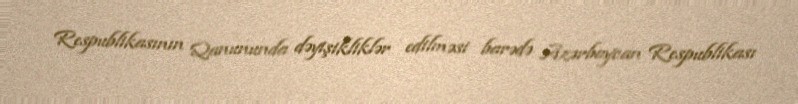
Respublikasının Qanununda dəyişikliklər edilməsi barədə Azərbaycan Respublikası